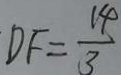
D F = \frac { 1 4 } { 3 }